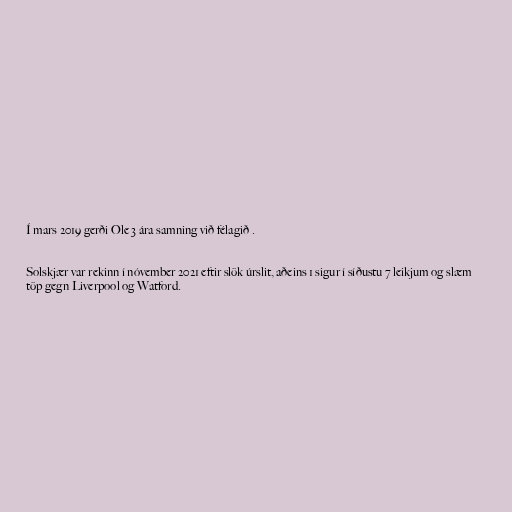
Í mars 2019 gerði Ole 3 ára samning við félagið .

Solskjær var rekinn í nóvember 2021 eftir slök úrslit, aðeins 1 sigur í síðustu 7 leikjum og slæm
töp gegn Liverpool og Watford.